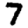
Digit: 7